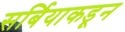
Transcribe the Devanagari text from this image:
सर्बियाकडून